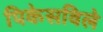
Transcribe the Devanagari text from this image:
पिकेसविले